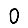
Digit: 0